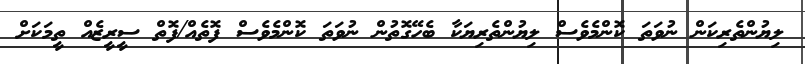
ލިޔުންތެރިކަން ނުވަތަ ކޮންމެވެސް ލިޔުންތެރިޔަކާ ބެހޭގޮތުން ނުވަތަ ކޮންމެވެސް ފޮތެއް/ފޮތް ސީރީޒެއް ތީމަކަށް